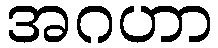
အဂဟာ